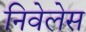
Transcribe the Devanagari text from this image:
निवेलेस